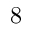
8